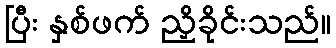
ပြီး နှစ်ဖက် ညှိခိုင်းသည်။